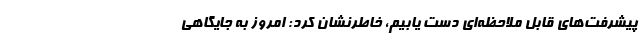
پیشرفت‌های قابل ملاحظه‌ای دست یابیم، خاطرنشان کرد: امروز به جایگاهی